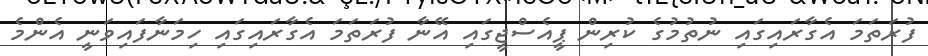
ފުރަތަމަ އެގާރައިގައި ނުތުމުގެ ކުރިން ޕީއެސްޖީގައި އޭނާ ފުރަތަމަ އެގާރައިގައި ހިމަނާފައިވަނީ އެންމެ